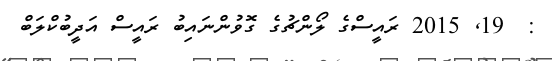
:  19